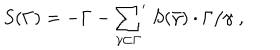
LaTeX: S ( \Gamma ) = - \Gamma - { \sum _ { \gamma \subset \Gamma } } ^ { \prime } \; S ( \bar { \gamma } ) \cdot \Gamma / \gamma \; ,